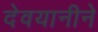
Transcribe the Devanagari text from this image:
देवयानीने